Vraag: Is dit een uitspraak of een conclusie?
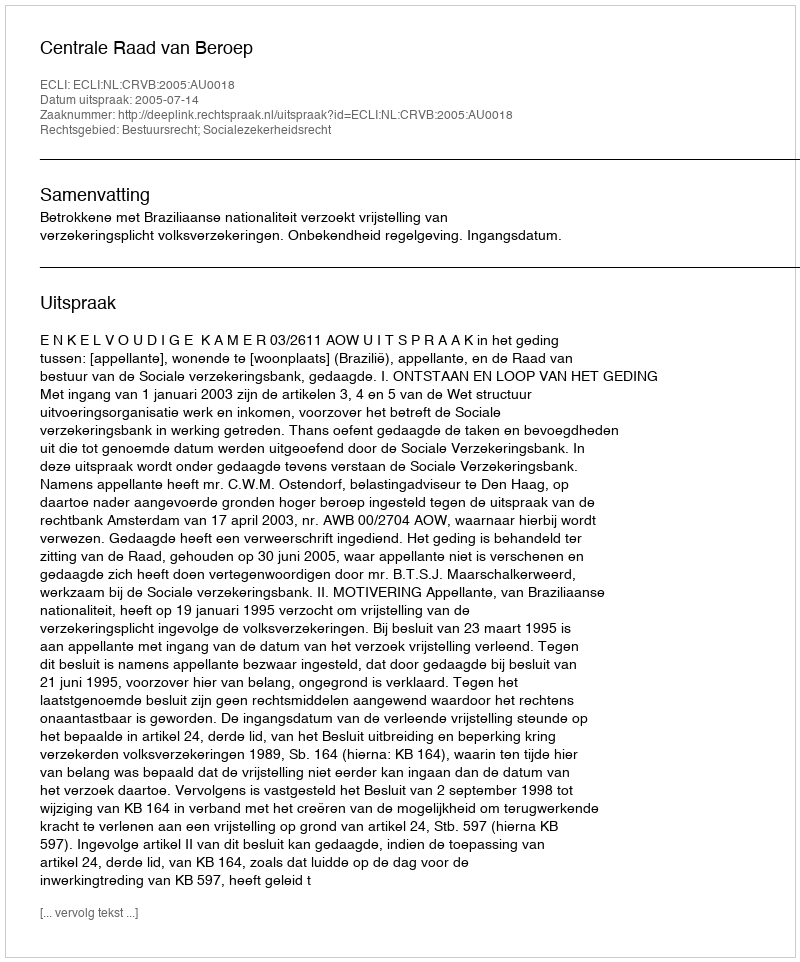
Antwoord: Uitspraak